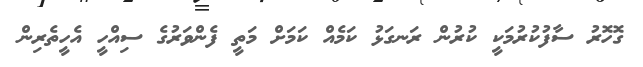
ގޮހޮރު ސާފުކުރުމަކީ ކުރުން ރަނގަޅު ކަމެއް ކަމަށް މަތީ ފެންވަރުގެ ސިއްހީ އެހީތެރިން